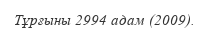
Тұрғыны 2994 адам (2009).